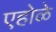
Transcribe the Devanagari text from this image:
एहोळे